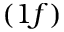
( 1 f )